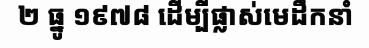
២ ធ្នូ ១៩៧៨ ដើម្បីផ្លាស់មេដឹកនាំ